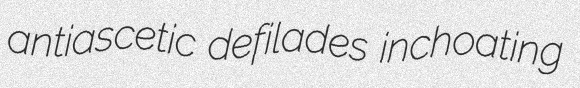
antiascetic defilades inchoating